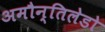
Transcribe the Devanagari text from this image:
अमौन्तिलेडो